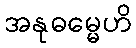
အနုဓမ္မေဟိ